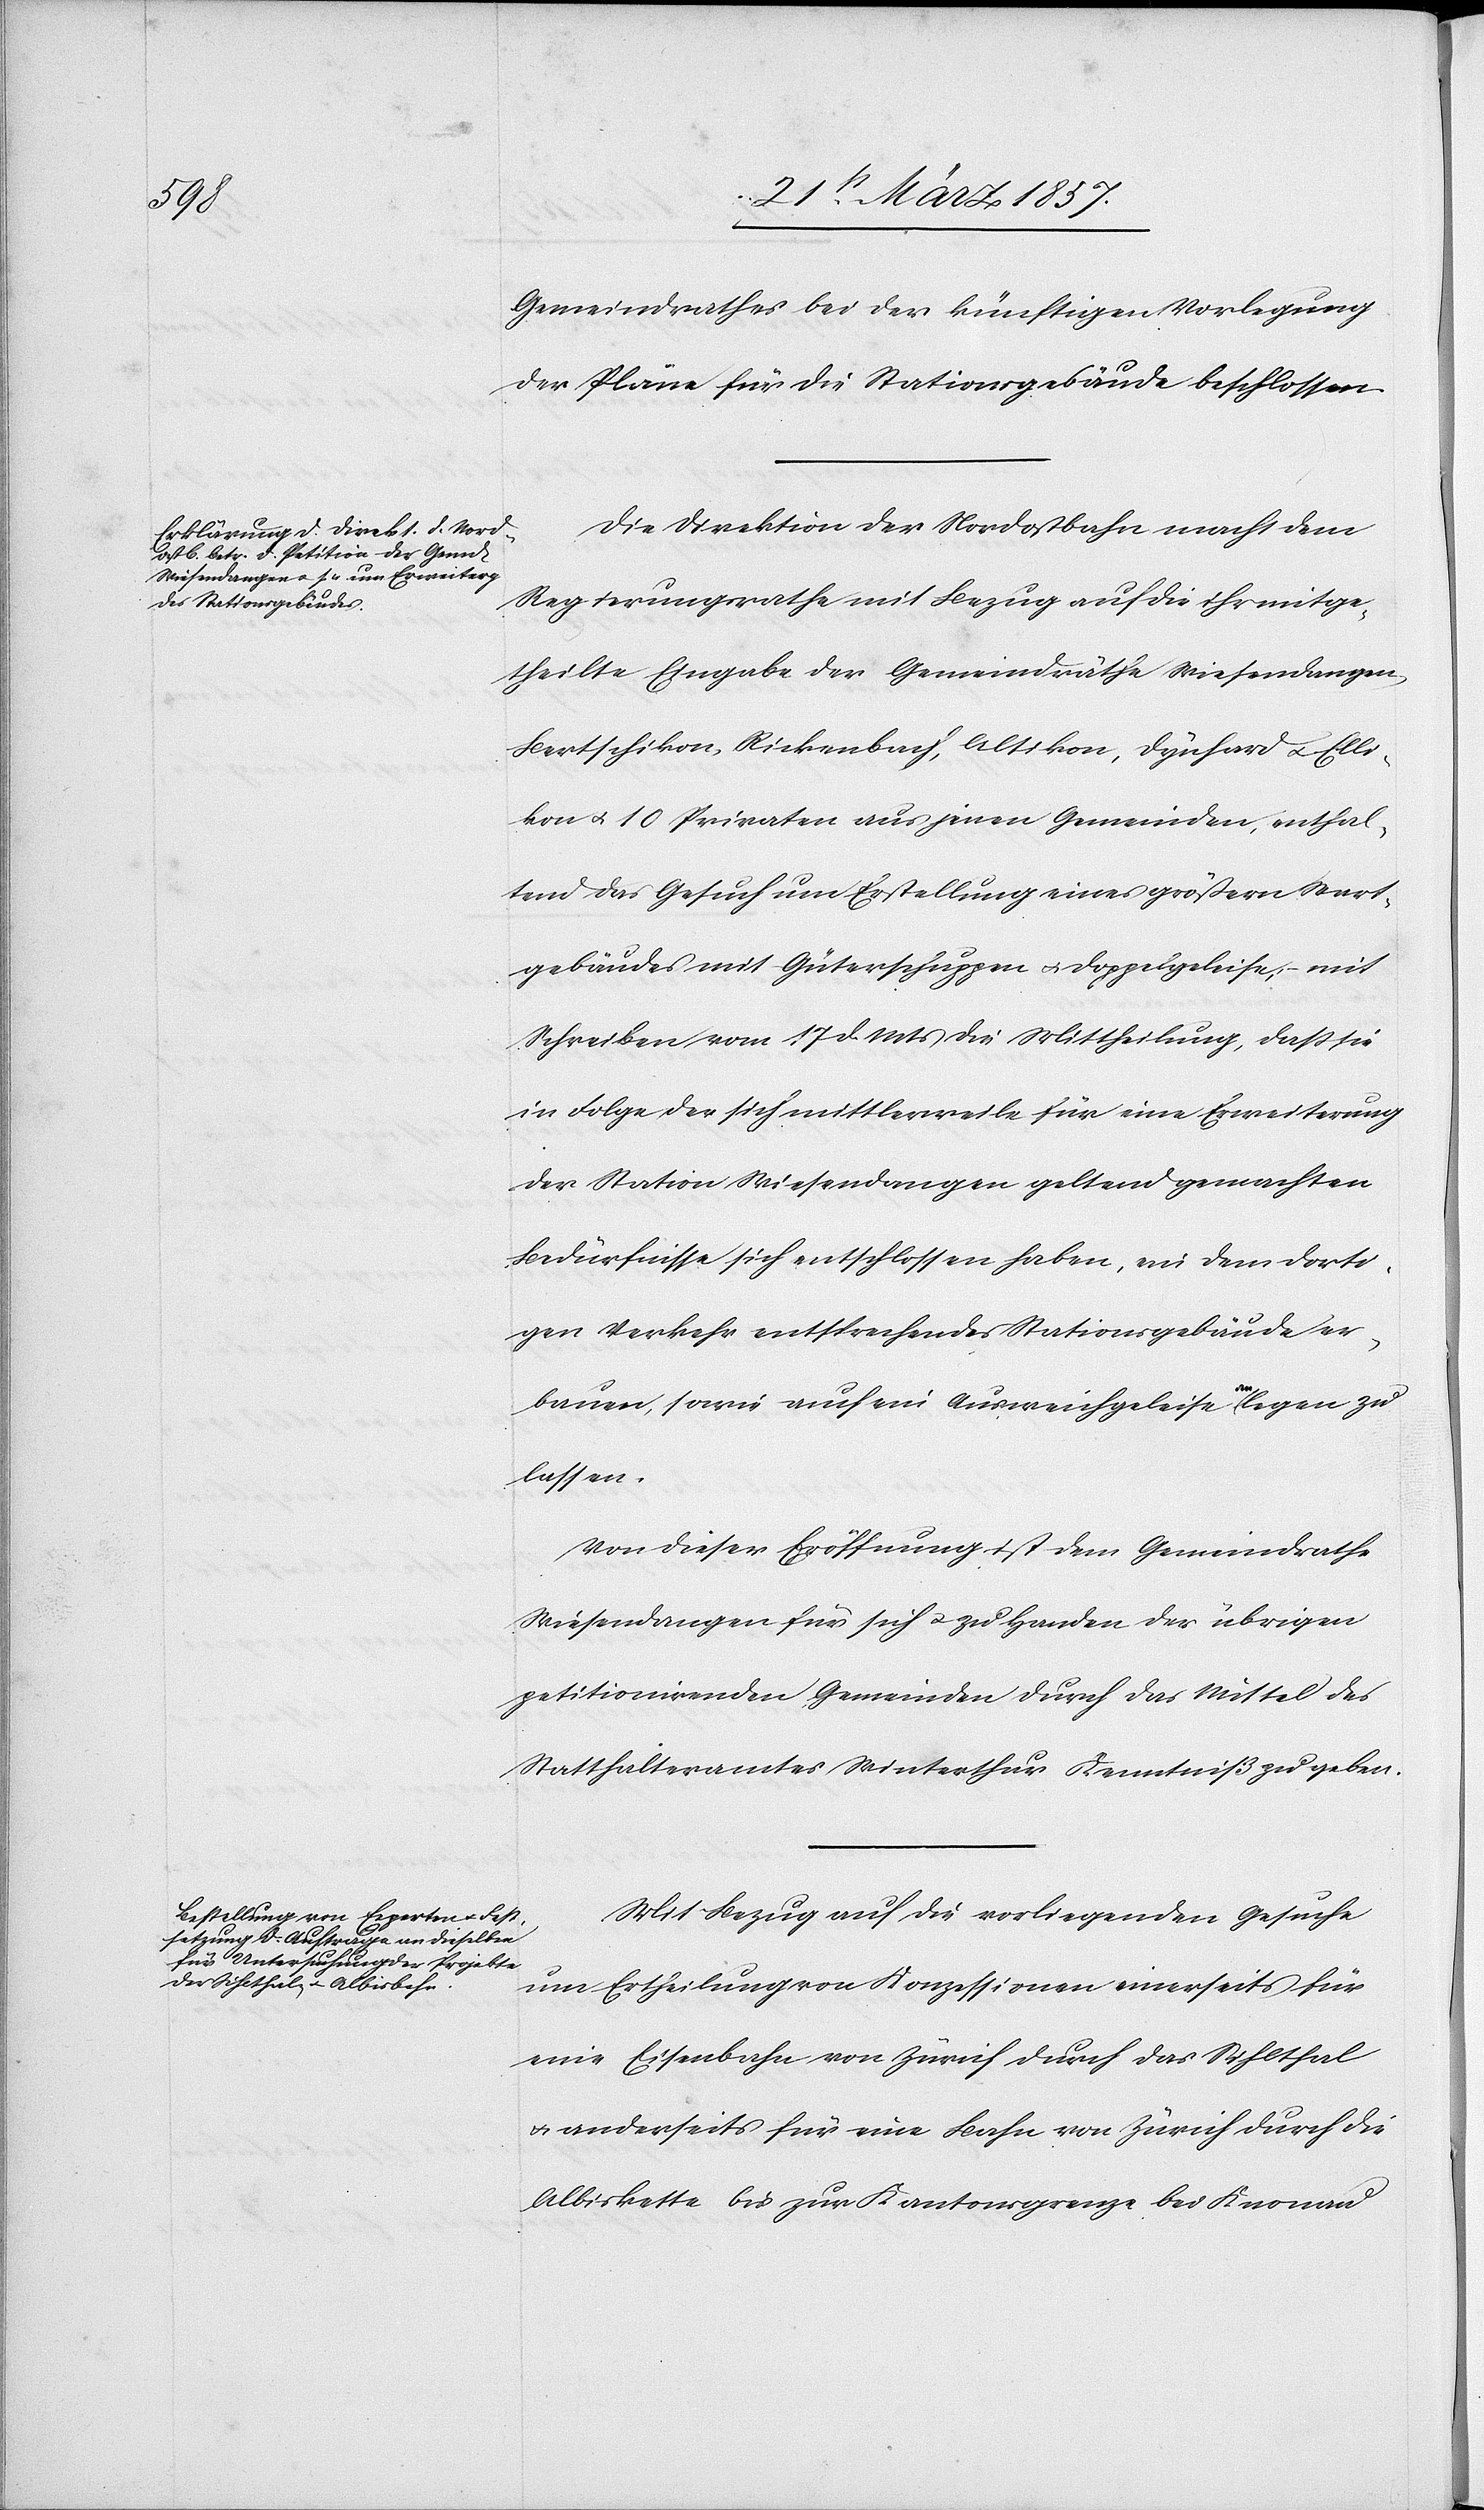
Gemeindrathes bei der künftigen Vorlegung
der Pläne für die Stationsgebäude beschlossen.
Die Direktion der Nordostbahn macht dem
Regierungsrathe mit Bezug auf die ihr mitge¬
theilte Eingabe der Gemeindräthe Wiesendangen,
Bertschikon, Rickenbach, Altikon, Dynhard u. Elli¬
kon u. 10 Privaten aus jenen Gemeinden, enthal¬
tend das Gesuch um Erstellung eines größern Start¬
gebäudes [sic!] mit Güterschuppen u. Doppelgeleise; mit
Schreiben vom 17 d. Mts die Mittheilung, daß sie
in Folge der sich mittlerweile für eine Erweiterung
der Station Wiesendangen geltend gemachten
Bedürfnisse sich entschlossen haben, ein den dorti¬
gen Verkehr entsprechendes Stationsgebäude er¬
bauen, sowie auch ein Ausweichgeleise anlegen zu
lassen.
Von dieser Eröffnung ist dem Gemeindrathe
Wiesendangen für sich u. zu Handen der übrigen
petitionirenden Gemeinden durch das Mittel des
Statthalteramtes Winterthur Kenntniß zu geben.
Mit Bezug auf die vorliegenden Gesuche
um Ertheilung von Konzessionen einerseits für
eine Eisenbahn von Zürich durch das Sihlthal
u. anderseits für eine Bahn von Zürich durch die
Albiskette bis zur Kantonsgrenze bei Knonau